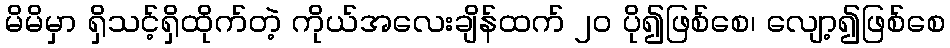
မိမိမှာ ရှိသင့်ရှိထိုက်တဲ့ ကိုယ်အလေးချိန်ထက် ၂ဝ ပို၍ဖြစ်စေ၊ လျော့၍ဖြစ်စေ